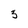
Character: 3